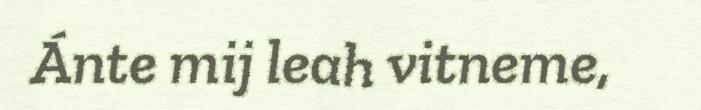
Ánte mij leah vitneme,